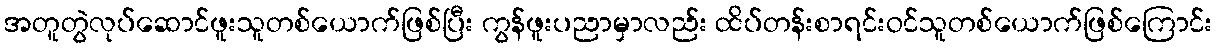
အတူတွဲလုပ်ဆောင်ဖူးသူတစ်ယောက်ဖြစ်ပြီး ကွန်ဖူးပညာမှာလည်း ထိပ်တန်းစာရင်းဝင်သူတစ်ယောက်ဖြစ်ကြောင်း